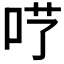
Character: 𠰖